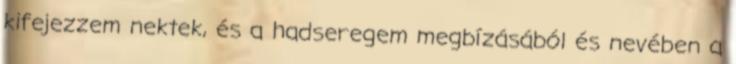
kifejezzem nektek, és a hadseregem megbízásából és nevében a